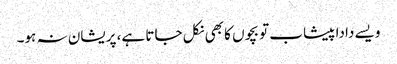
ویسے دادا پیشاب تو بچوں کا بھی نکل جاتا ہے، پریشان نہ ہو۔